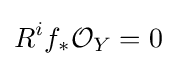
R^{i}f_{*}{\mathcal {O}}_{Y}=0